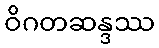
ဝိဂတဆန္ဒဿ